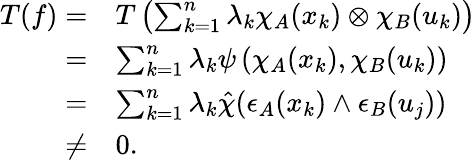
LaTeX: \begin{array}{rl}{T(f)=}&{T\left(\sum_{k=1}^{n}\lambda_{k}\chi_{A}(x_{k})\otimes\chi_{B}(u_{k})\right)}\\ {=}&{\sum_{k=1}^{n}\lambda_{k}\psi\left(\chi_{A}(x_{k}),\chi_{B}(u_{k})\right)}\\ {=}&{\sum_{k=1}^{n}\lambda_{k}\hat{\chi}(\epsilon_{A}(x_{k})\wedge\epsilon_{B}(u_{j}))}\\ {\neq}&{0.}\end{array}